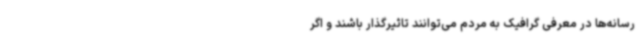
رسانه‌ها در معرفی گرافیک به مردم می‌توانند تاثیرگذار باشند و اگر